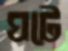
ঘটে